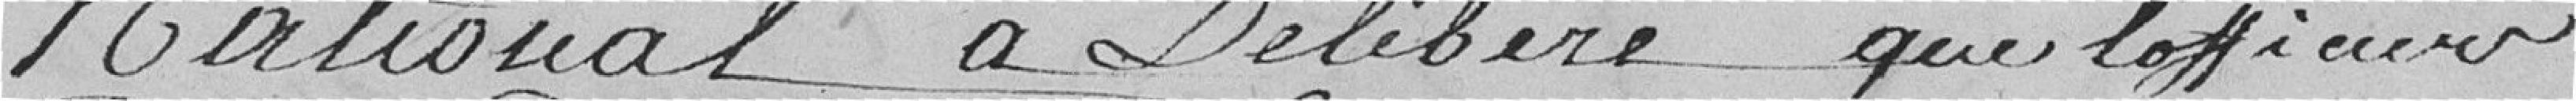
National a délibéré que l'officier